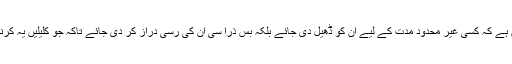
یہ اوپر کے ٹکڑے ہی کی وضاحت ہے کہ اس ڈھیل سے یہ مطلب نہیں ہے کہ کسی غیر محدود مدت کے لیے ان کو ڈھیل دی جائے بلکہ بس ذرا سی ان کی رسی دراز کر دی جائے تاکہ جو کلیلیں یہ کرنی چاہتے ہیں کر لیں بالآخر تو ان کو اپنے انجام سے دوچار ہونا ہی ہے۔